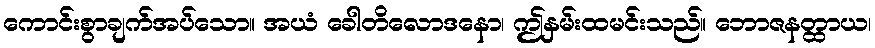
ကောင်းစွာချက်အပ်သော။ အယံ ခေါတိလောဒနော၊ ဤနှမ်းထမင်းသည်။ ဘောဇနတ္ထာယ၊